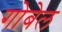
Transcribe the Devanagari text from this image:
गोबेल